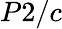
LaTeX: P2/c